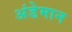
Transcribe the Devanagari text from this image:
अंडेमान